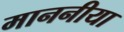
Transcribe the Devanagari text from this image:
माननीया